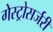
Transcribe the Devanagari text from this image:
गेस्ट्रोसर्जरी